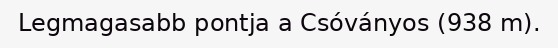
Legmagasabb pontja a Csóványos (938 m).